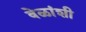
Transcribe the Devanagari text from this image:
वेळांशी